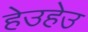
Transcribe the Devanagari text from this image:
हेउहेउ